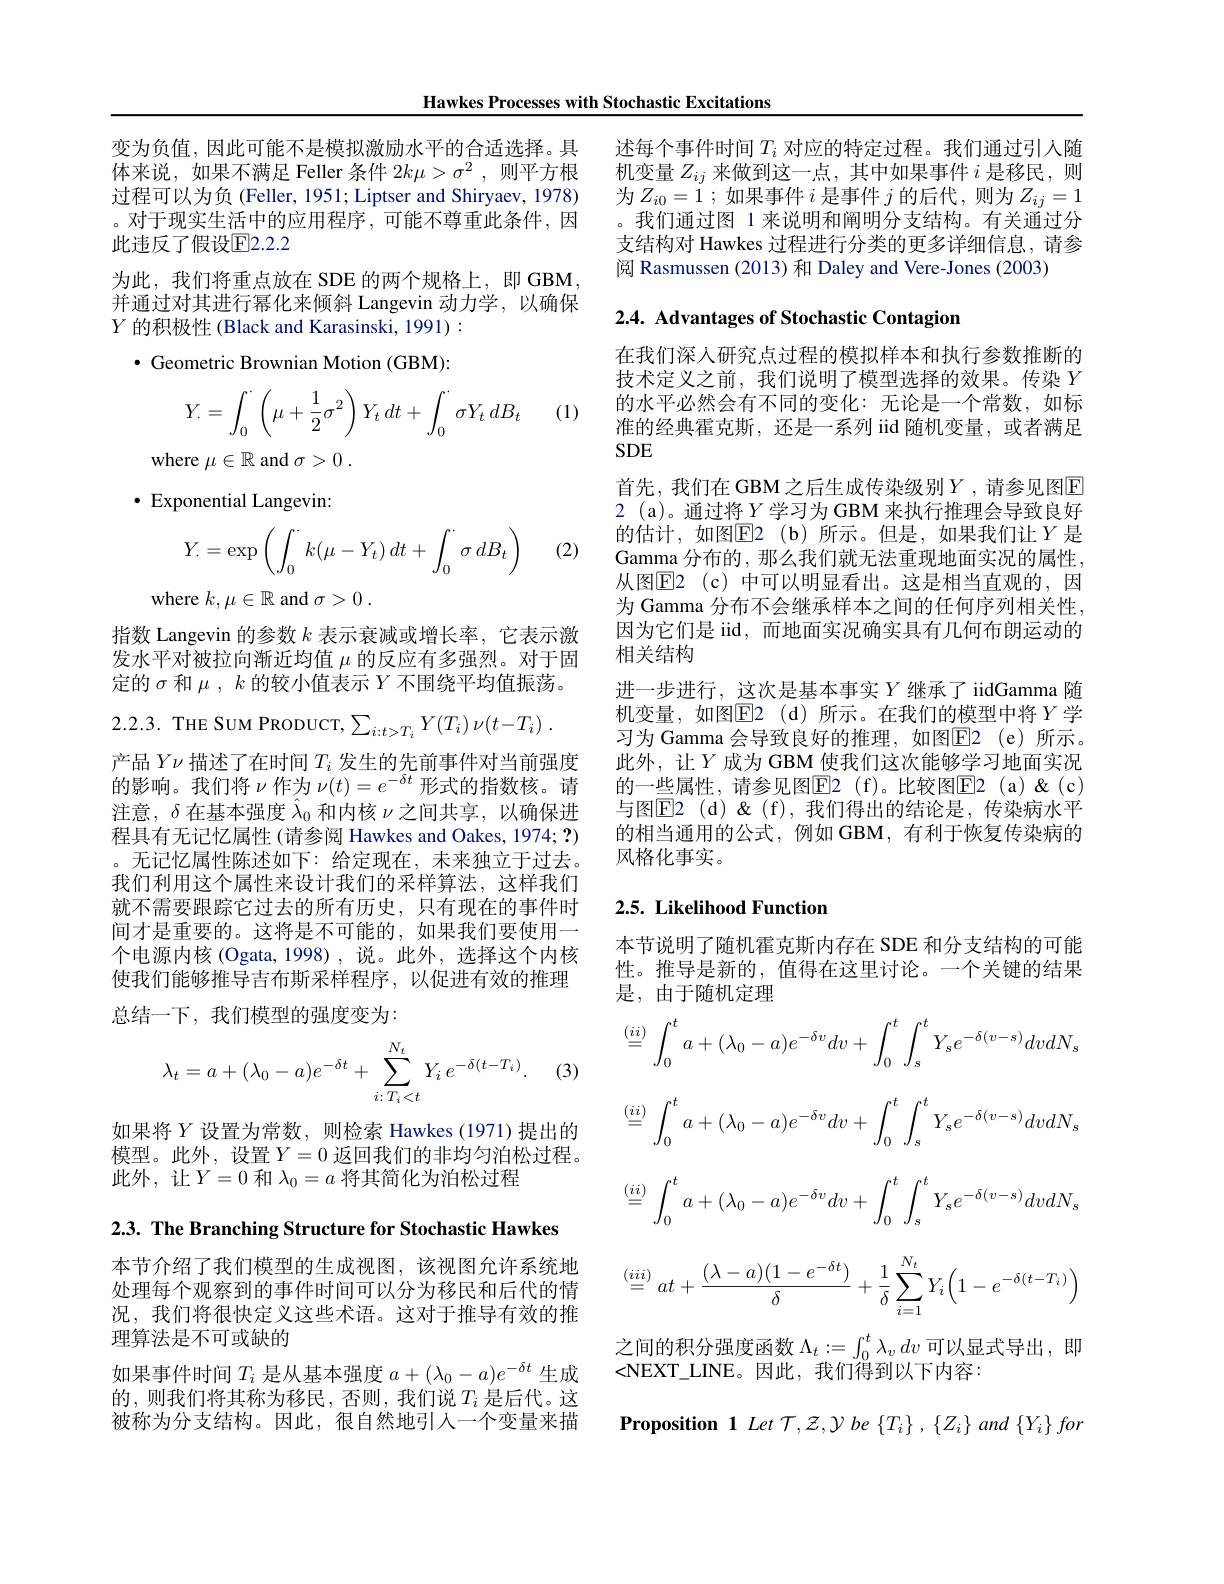
Hawkes Processes with Stochastic Excitations

变为负值，因此可能不是模拟激励水平的合适选择。具体来说，如果不满足 Feller 条件$2k\mu>\sigma^2$,则平方根过程可以为负 (Feller, 1951; Liptser and Shiryaev, 1978) 。对于现实生活中的应用程序，可能不尊重此条件，因此违反了假设$\mathbb{E}[2.2.2$
为此，我们将重点放在 SDE 的两个规格上，即 GBM, 并通过对其进行幂化来倾斜 Langevin 动力学，以确保$Y$的积极性 (Black and Karasinski, 1991) :
$\bullet$ Geometric Brownian Motion (GBM):
$$\begin{aligned}Y_.=\int_0^.\left(\mu+\frac{1}{2}\sigma^2\right)Y_t\:dt+\int_0^.\sigma Y_t\:dB_t\end{aligned}$$
(1)

where $\mu\in\mathbb{R}$ and $\sigma > 0$ .

$\cdot$ Exponential Langevin:
$$Y_.=\exp\left(\int_0^\cdot k(\mu-Y_t)\:dt+\int_0^\cdot\sigma\:dB_t\right)$$
where $k,\mu\in\mathbb{R}$ and $\sigma > 0$ .

指数 Langevin 的参数$k$表示衰减或增长率，它表示激发水平对被拉向渐近均值$\mu$的反应有多强烈。对于固定的$\sigma$和$\mu,k$的较小值表示$Y$不围绕平均值振荡。
$$\sum_{i:t>T_{i}}Y(T_{i})\:\nu(t-T_{i})\:.$$
产品$Y\nu$描述了在时间$T_i$发生的先前事件对当前强度的影响。我们将$\nu$作为$\nu(t)=e^-\delta t$ 形式的指数核。请注意，$\delta$在基本强度$\ddots\lambda_0$ 和内核$\nu$之间共享，以确保进程具有无记忆属性 (请参阅 Hawkes and Oakes, 1974; ?) 。无记忆属性陈述如下：给定现在，未来独立于过去。我们利用这个属性来设计我们的采样算法，这样我们就不需要跟踪它过去的所有历史，只有现在的事件时间才是重要的。这将是不可能的，如果我们要使用一个电源内核(Ogata,1998),说。此外，选择这个内核使我们能够推导吉布斯采样程序，以促进有效的推理总结一下，我们模型的强度变为：

(3)
$$\lambda_t=a+(\lambda_0-a)e^{-\delta t}+\sum_{i:T_i<t}^{N_t}Y_i\:e^{-\delta(t-T_i)}.$$
如果将$Y$设置为常数，则检索 Hawkes(1971)提出的$\begin{array}{l}{\text{模型。此外，设置 }Y=0\text{ 返回我们的非均匀泊松过程。}}\\{\text{此外，让}Y=0\text{ 和 }\lambda_{0}=a\text{ 将其简化为泊松过程}}\end{array}$

2.3. The Branching Structure for Stochastic Hawkes

本节介绍了我们模型的生成视图，该视图允许系统地处理每个观察到的事件时间可以分为移民和后代的情况，我们将很快定义这些术语。这对于推导有效的推理算法是不可或缺的
如果事件时间$T_i$是从基本强度$a+(\lambda_0-a)e^-\delta t$生成的，则我们将其称为移民，否则，我们说$T_i$ 是后代。这被称为分支结构。因此，很自然地引人一个变量来描

述每个事件时间$T_i$对应的特定过程。我们通过引人随机变量$Z_{ij}$来做到这一点，其中如果事件$i$是移民，则为$Z_i0=1$ ;如果事件$i$是事件$j$的后代，则为$Z_ij=1$ 。我们通过图 1 来说明和阐明分支结构。有关通过分支结构对 Hawkes 过程进行分类的更多详细信息，请参阅 Rasmussen (2013) 和 Daley and Vere-Jones (2003)

2.4. Advantages of Stochastic Contagion

准的经典霍克斯，还是一系列 iid 随机变量，或者满足
SDE

在我们深人研究点过程的模拟样本和执行参数推断的技术定义之前，我们说明了模型选择的效果。传染$Y$ 的水平必然会有不同的变化：无论是一个常数，如标首先，我们在 GBM 之后生成传染级别$Y$,请参见图$\overline{\mathrm{E}}$ 2 (a)。通过将$\underline Y$学习为 GBM 来执行推理会导致良好的估计，如图E$2( b)$所示。但是，如果我们让$Y$是Gamma 分布的，那么我们就无法重现地面实况的属性， 从图E2 ( c) 中可以明显看出。这是相当直观的，因为 Gamma 分布不会继承样本之间的任何序列相关性， 因为它们是 iid, 而地面实况确实具有几何布朗运动的相关结构
进一步进行，这次是基本事实$Y$继承了 iidGamma 随机变量，如图$\boxed{\mathrm{F2}}($d)所示。在我们的模型中将$Y$学习为 Gamma 会导致良好的推理，如图$\overline{\mathrm{E}}$2(e)所示。此外，让$Y$成为 GBM 使我们这次能够学习地面实况的一些属性，请参见图$\boxed{\mathrm{F}}2$(f)。比较图$\boxed{\mathrm{E}}2$(a)&(c) 与图$\operatorname{E2}($d)& $\&($f),我们得出的结论是，传染病水平的相当通用的公式，例如 GBM,有利于恢复传染病的风格化事实。

## 2.5. Likelihood Function

本节说明了随机霍克斯内存在 SDE 和分支结构的可能性。推导是新的，值得在这里讨论。一个关键的结果是，由于随机定理
$$\begin{aligned}&\stackrel{(ii)}{=}\int_{0}^{t}a+(\lambda_{0}-a)e^{-\delta v}dv+\int_{0}^{t}\int_{s}^{t}Y_{s}e^{-\delta(v-s)}dvdN_{s}\\&\stackrel{(ii)}{=}\int_{0}^{t}a+(\lambda_{0}-a)e^{-\delta v}dv+\int_{0}^{t}\int_{s}^{t}Y_{s}e^{-\delta(v-s)}dvdN_{s}\\&\stackrel{(ii)}{=}\:\int_{0}^{t}a+(\lambda_{0}-a)e^{-\delta v}dv+\int_{0}^{t}\int_{s}^{t}Y_{s}e^{-\delta(v-s)}dvdN_{s}\\&(iii)\quad(\lambda-a)(1-e^{-\delta t})\:.\end{aligned}$$
$$\stackrel{(iii)}{=}at+\frac{(\lambda-a)(1-e^{-\delta t})}{\delta}+\frac{1}{\delta}\sum_{i=1}^{N_t}Y_i\Big(1-e^{-\delta(t-T_i)}\Big)$$
之间的积分强度函数$\Lambda_t:=\int_0^t\lambda_vdv$可以显式导出，即
<NEXT\_LINE。因此，我们得到以下内容：

Proposition 1 Let T,Z,Y be $\{T_{i}\},\{Z_{i}\}$ and $\{Y_{i}\}for$